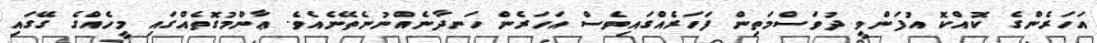
އަހަރެންގެ ކޮއްކޮ އުފަންވީ ދުވަސްމަތިން ފަހަރެއްގައިވެސް އަހަރެން ހަނދާނެއްނުނެތޭނެއެވެ. ޢާންމުގޮތެއްގައި މީހެއްގެ ގޭގައި